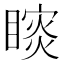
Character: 𰦁